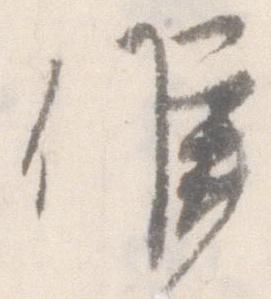
候